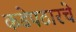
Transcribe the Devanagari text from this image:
कडेपठारचे